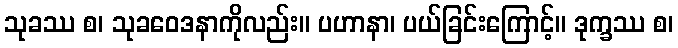
သုခဿ စ၊ သုခဝေဒနာကိုလည်း။ ပဟာနာ၊ ပယ်ခြင်းကြောင့်။ ဒုက္ခဿ စ၊